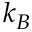
k _ { B }